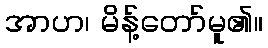
အာဟ၊ မိန့်တော်မူ၏။